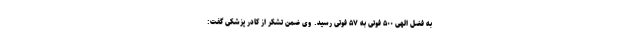
به فضل الهی ۵۰۰ فوتی به ۵۷ فوتی رسید. وی ضمن تشکر از کادر پزشکی گفت: